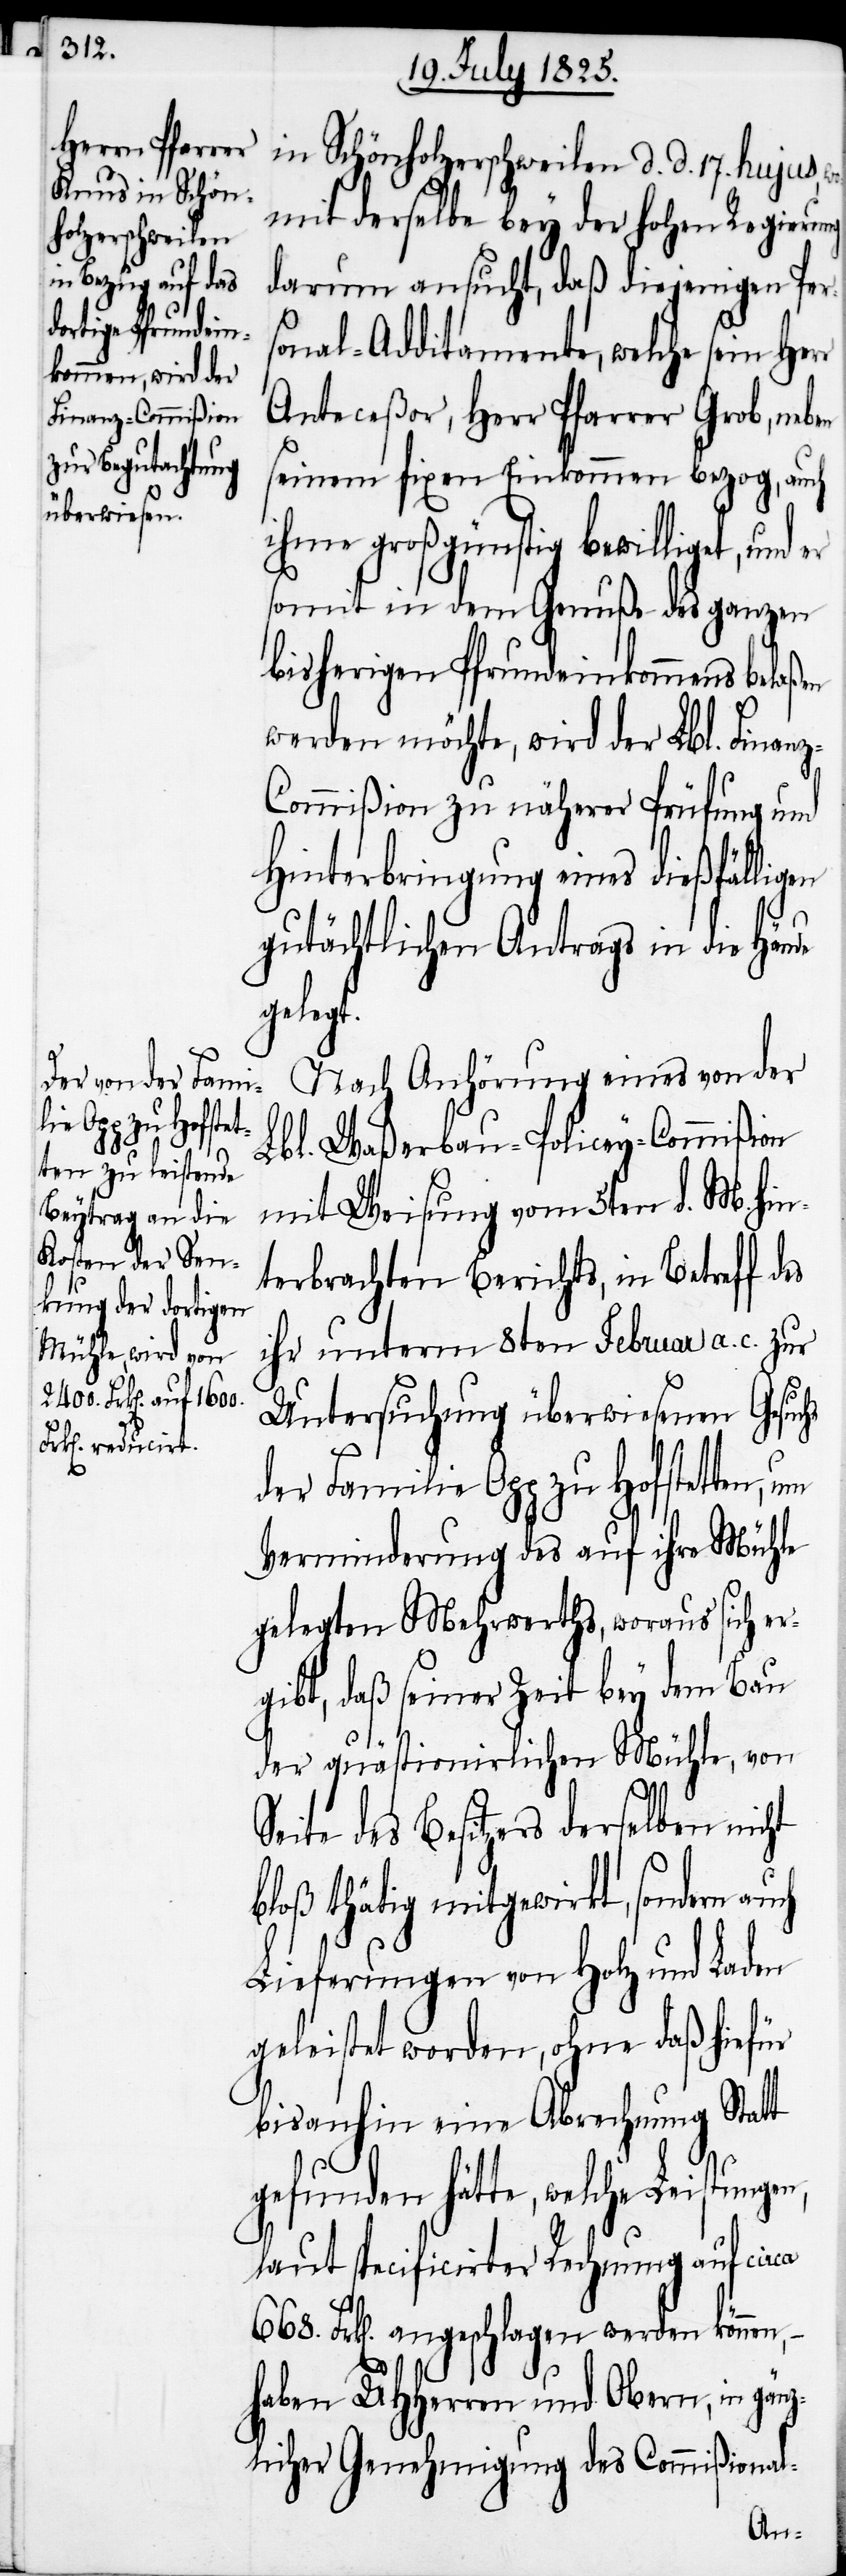
in Schönholzerschweilen d. d. 17. hujus,
womit derselbe bey der hohen Regierung
darum ansucht, daß diejenigen Per¬
sonal-Additamente, welche sein
Anteceßor, Herr Pfarrer Grob, neben
seinem fixen Einkommen bezog, auch
ihm großgünstig bewilliget, und
somit in dem Genuße des ganzen
bisherigen Pfrundeinkommens belaß¬
werden möchte, wird der Lbl. Finan¬
z-Commißion zu näherer Prüfung und
Hinterbringung eines dießfälligen
gutächtlichen Antrags in die Hände
gelegt.
Nach Anhörung eines von der
Lbl. Waßerbau-Policey-Commißion
mit Weisung vom 5ten d. M. hin¬
terbrachten Berichts, in Betreff des
ihr unterm 8ten Februar a. c. zur
Untersuchung überwiesenen Gesuchs
der Familie Opp zu Hofstetten, um
Verminderung des auf ihre Mühle
gelegten Mehrwerths, woraus sich er¬
gibt, daß seiner Zeit bey dem Bau
der quästionirlichen Mühle, von
Seite des Besitzers derselben nicht
bloß thätig mitgewirkt, sondern
Lieferungen von Holz und Laden
geleistet worden, ohne daß hiefür
bisanhin eine Abrechnung Statt
gefunden hätte, welche Leistungen,
laut specificirter Rechnung auf circa
668. Frk[en]. angeschlagen werden können,
haben UHHerren und Obern, in gänz¬
licher Genehmigung des Commißional-
en